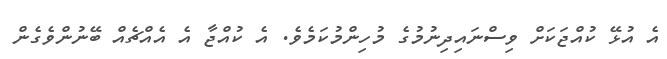
އެ އުޅޭ ކުއްޖަކަށް ވިސްނައިދިނުމުގެ މުހިންމުކަމެވެ. އެ ކުއްޖާ އެ އެއްޗެއް ބޭނުންވެގެން